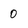
Character: 0